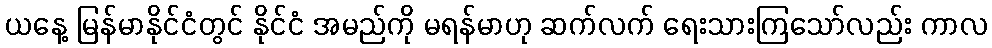
ယနေ့ မြန်မာနိုင်ငံတွင် နိုင်ငံ အမည်ကို မရန်မာဟု ဆက်လက် ရေးသားကြသော်လည်း ကာလ